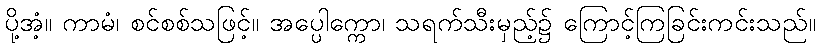
ပို့အံ့။ ကာမံ၊ စင်စစ်သဖြင့်။ အပ္ပေါက္ကော၊ သရက်သီးမှည့်၌ ကြောင့်ကြခြင်းကင်းသည်။